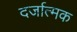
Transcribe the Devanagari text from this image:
दर्जात्मक